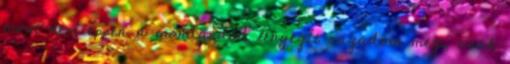
most nem éppen a mondandód lényegét ragadom meg, csak